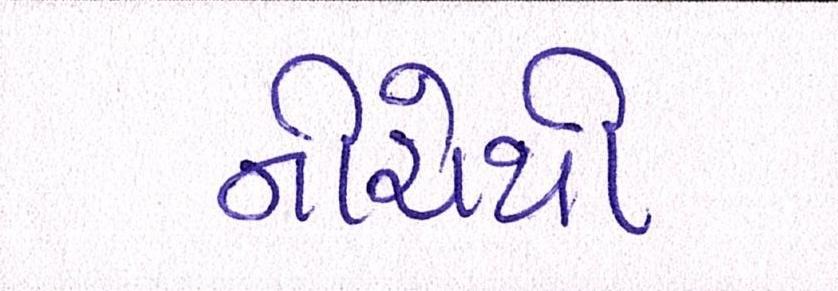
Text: નીચેથી